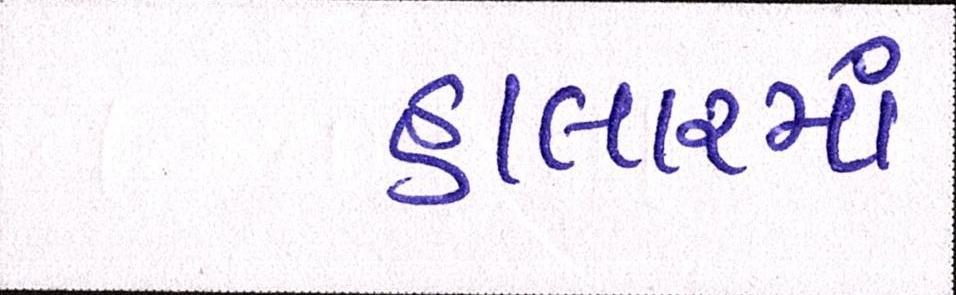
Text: હાલારમાં